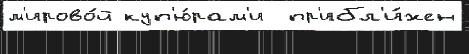
м'ирово́й куп'ю́рам'и  пр'ибл'и́жен